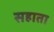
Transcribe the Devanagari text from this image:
सहाता